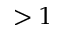
> 1